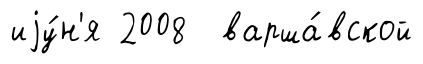
иjу́н'я 2008 варша́вской